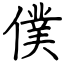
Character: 僕